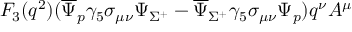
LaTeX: F _ { 3 } ( q ^ { 2 } ) ( \overline { { { \Psi } } } _ { p } \gamma _ { 5 } \sigma _ { \mu \nu } \Psi _ { \Sigma ^ { + } } - \overline { { { \Psi } } } _ { \Sigma ^ { + } } \gamma _ { 5 } \sigma _ { \mu \nu } \Psi _ { p } ) q ^ { \nu } A ^ { \mu }